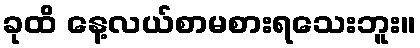
ခုထိ နေ့လယ်စာမစားရသေးဘူး။